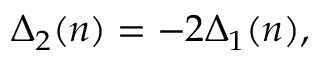
\Delta _ { 2 } ( n ) = - 2 \Delta _ { 1 } ( n ) ,